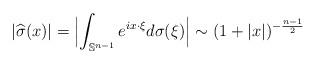
LaTeX: \begin{align*}|\widehat{\sigma}(x)|=\Bigl|\int_{\mathbb{S}^{n-1}}e^{ix\cdot\xi}d\sigma(\xi)\Bigr|\sim (1+|x|)^{-\frac{n-1}2}\end{align*}